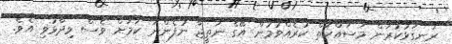
ރަނގަޅުކުރަން މަސައްކަތް ކުރެއްވުމުން އޭގެ ނަތީޖާ ނުފެންނަ ކަމަށް ވެސް ވިދާޅުވި އެވެ.